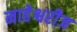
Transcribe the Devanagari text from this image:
माहेश्वरीज